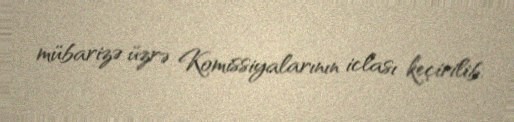
mübarizə üzrə Komissiyalarının iclası keçirilib.